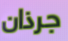
جرذان